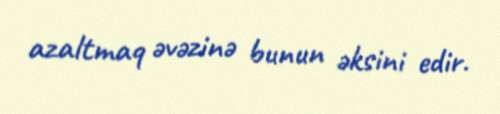
azaltmaq əvəzinə bunun əksini edir.